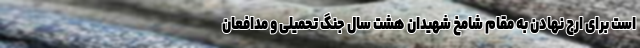
است برای ارج نهادن به مقام شامخ شهیدان هشت سال جنگ تحمیلی و مدافعان